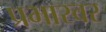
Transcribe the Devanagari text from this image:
प्रभास्वर